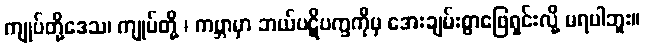
ကျုပ်တို့ဒေသ၊ ကျုပ်တို့ ၊ ကမ္ဘာမှာ ဘယ်ပဋိပက္ခကိုမှ အေးချမ်းစွာဖြေရှင်းလို့ မရပါဘူး။